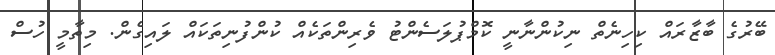
ބޭރުގެ ބާޒާރައް ކިހިނެތް ނިކުންނާނީ ކޮމްޕުލަސެންޓު ވެރިންތަކެއް ކުންފުނިތަކައް ލައިގެން. މިތާމީ ހުސް